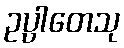
ဥပ္ပါတေသု